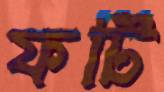
ফর্টি